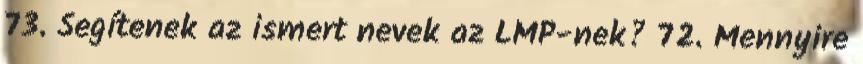
73. Segítenek az ismert nevek az LMP-nek? 72. Mennyire